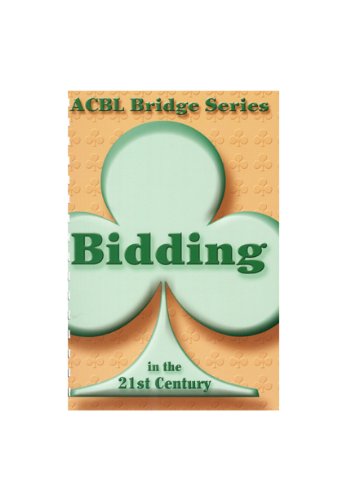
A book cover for Bidding in the 21st Century (ACBL Bridge Series); Audrey Grant; Humor & Entertainment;